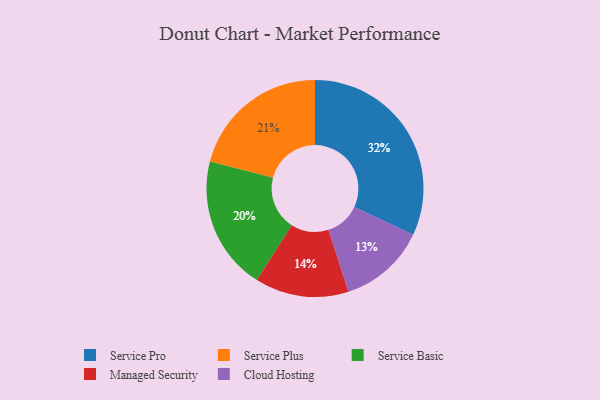
{"axis": {"x": "Category", "y": "Percentage"}, "legend": ["Cloud Hosting", "Managed Security", "Service Basic", "Service Plus", "Service Pro"], "data": [{"x": "Managed Security", "y": 14, "type": "Managed Security"}, {"x": "Service Plus", "y": 21, "type": "Service Plus"}, {"x": "Service Basic", "y": 20, "type": "Service Basic"}, {"x": "Service Pro", "y": 32, "type": "Service Pro"}, {"x": "Cloud Hosting", "y": 13, "type": "Cloud Hosting"}]}